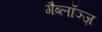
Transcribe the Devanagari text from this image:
गैब्लॉञ्ज़